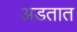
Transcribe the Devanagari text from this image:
अडतात